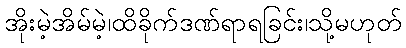
အိုးမဲ့အိမ်မဲ့၊ထိခိုက်ဒဏ်ရာရခြင်း၊သို့မဟုတ်